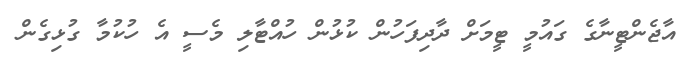
އާޖެންޓީނާގެ ގައުމީ ޓީމަށް ދާދިފަހުން ކުޅުން ހުއްޓާލި މެސީ އެ ހުކުމާ ގުޅިގެން